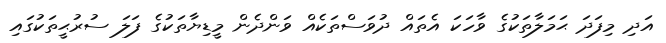
އަދި މިފަދަ ޙަމަލާތަކުގެ ވާހަކަ އެތައް ދުވަސްތަކެއް ވަންދެން މީޑިޔާތަކުގެ ފަލަ ސުރުޙީތަކުގައި